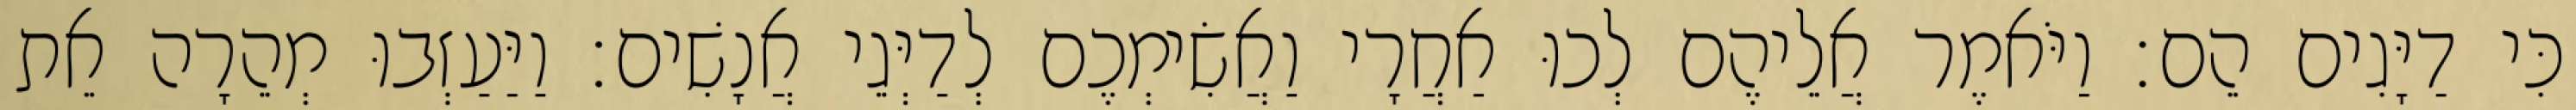
כִּי דַיָּגִים הֵם׃ וַיֹּאמֶר אֲלֵיהֶם לְכוּ אַחֲרָי וַאֲשִׂימְכֶם לְדַיְּגֵי אֲנָשִׁים׃ וַיַּעַזְבוּ מְהֵרָה אֵת